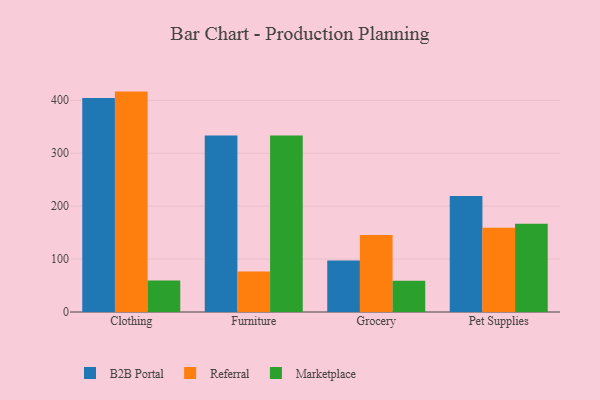
{"axis": {"x": "Category", "y": "Energy Usage (MWh)"}, "legend": ["B2B Portal", "Marketplace", "Referral"], "data": [{"x": "Clothing", "y": 404.4, "type": "B2B Portal"}, {"x": "Clothing", "y": 416.4, "type": "Referral"}, {"x": "Clothing", "y": 59.7, "type": "Marketplace"}, {"x": "Furniture", "y": 333.6, "type": "B2B Portal"}, {"x": "Furniture", "y": 76.3, "type": "Referral"}, {"x": "Furniture", "y": 333.5, "type": "Marketplace"}, {"x": "Grocery", "y": 97.1, "type": "B2B Portal"}, {"x": "Grocery", "y": 145.5, "type": "Referral"}, {"x": "Grocery", "y": 59.2, "type": "Marketplace"}, {"x": "Pet Supplies", "y": 219.2, "type": "B2B Portal"}, {"x": "Pet Supplies", "y": 159.1, "type": "Referral"}, {"x": "Pet Supplies", "y": 166.7, "type": "Marketplace"}]}